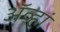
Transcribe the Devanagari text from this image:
ॲव्हां